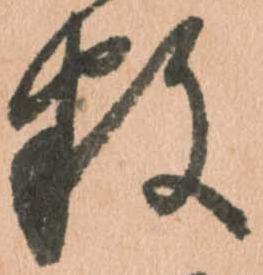
数